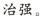
治强。